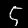
Digit: 5